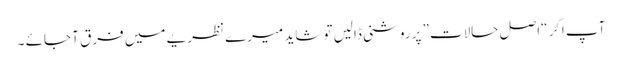
آپ اگر “اصل حالات” پر روشنی ڈالیں تو شاید میرے نظریے میں فرق آ جائے ۔